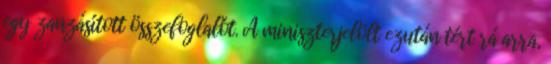
egy zanzásított összefoglalót. A miniszterjelölt ezután tért rá arra,